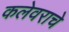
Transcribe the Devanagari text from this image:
कलेवराचे